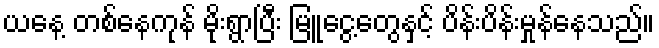
ယနေ့ တစ်နေကုန် မိုးရွာပြီး မြူငွေ့တွေနှင့် ပိန်းပိန်းမှုန်နေသည်။